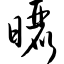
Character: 晒